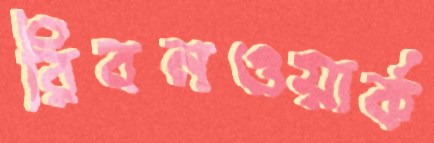
রিবনওয়ার্ক